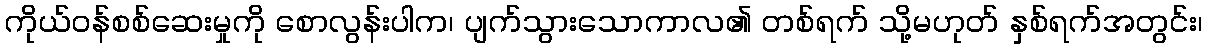
ကိုယ်ဝန်စစ်ဆေးမှုကို စောလွန်းပါက၊ ပျက်သွားသောကာလ၏ တစ်ရက် သို့မဟုတ် နှစ်ရက်အတွင်း၊